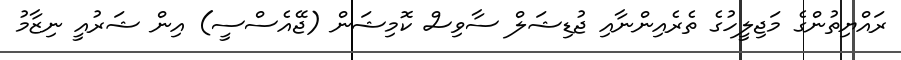
ރައްޔިތުންގެ މަޖިލީހުގެ ތެރެއިންނާއި ޖުޑިޝަލް ސާވިސް ކޮމިޝަން (ޖޭއެސްސީ) އިން ޝަރުއީ ނިޒާމު